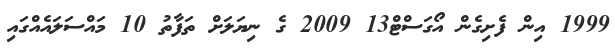
1999 އިން ފެށިގެން އޯގަސްޓް13 2009 ގެ ނިޔަލަށް ތަފާތު 10 މައްސަލައެއްގައި